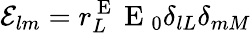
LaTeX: \mathcal{E}_{lm}=r_{L}^{\mathrm{~E~}}\mathrm{~E~}_{0}\delta_{lL}\delta_{mM}